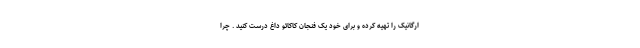
ارگانیک را تهیه کرده و برای خود یک فنجان کاکائو داغ درست کنید . چرا